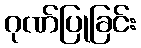
ဂုဏ်ပြုခြင်း